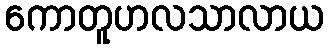
ကောတူဟလသာလာယ